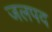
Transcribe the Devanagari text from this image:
जलपद